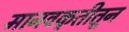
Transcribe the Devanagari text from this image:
मानवकृतीतून